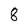
Character: 8